Annual statistical returns and brief notes on vaccination in Bengal - 1896-1909
Year: 1896
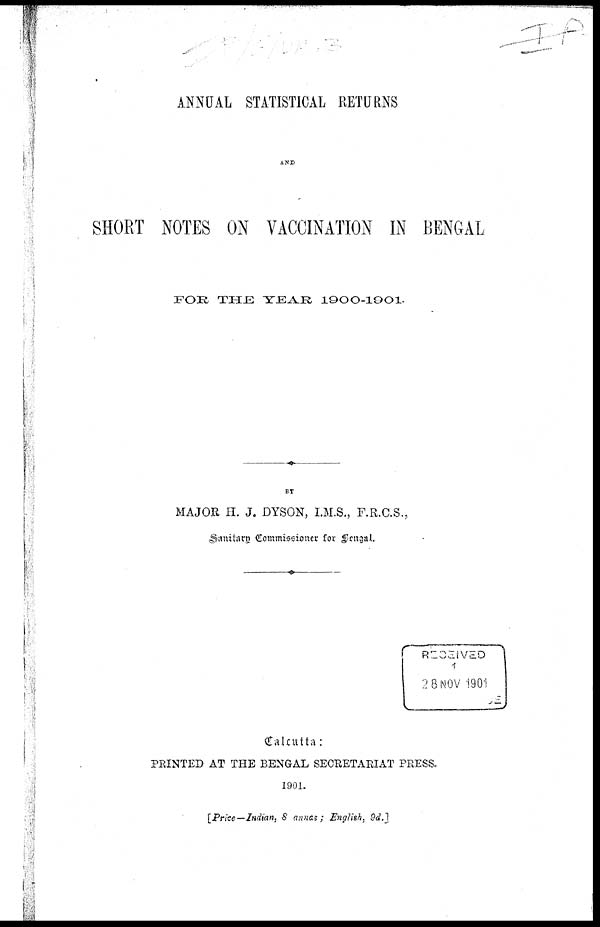
ANNUAL STATISTICAL RETURNS
AND
SHORT NOTES ON VACCINATION IN BENGAL
FOR THE YEAR 1900-1901.
BY
MAJOR H. J. DYSON, I.M.S., F.R.C.S.,
Sanitary Commissioner for Bengal.
Calcutta:
PRINTED AT THE BENGAL SECRETARIAT PRESS.
1901.
[Price-Indian, 8 annas; English, 9d.]